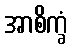
အာစိက္ခံ